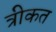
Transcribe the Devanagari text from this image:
त्रीकत